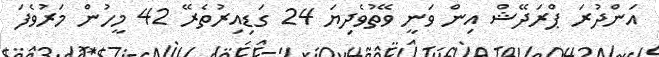
އަންދުރަ ޕްރަދޭޝް އިން ވަނީ ވޭތުވެދިޔަ 24 ގަޑިއިރުތެރޭ 42 މީހުން މަރުވެފަ